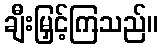
ချီးမြှင့်ကြသည်။